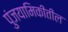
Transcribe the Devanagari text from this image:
पुंजयामिकीतील